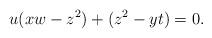
LaTeX: \begin{align*}u(xw-z^2)+(z^2-yt)=0.\end{align*}